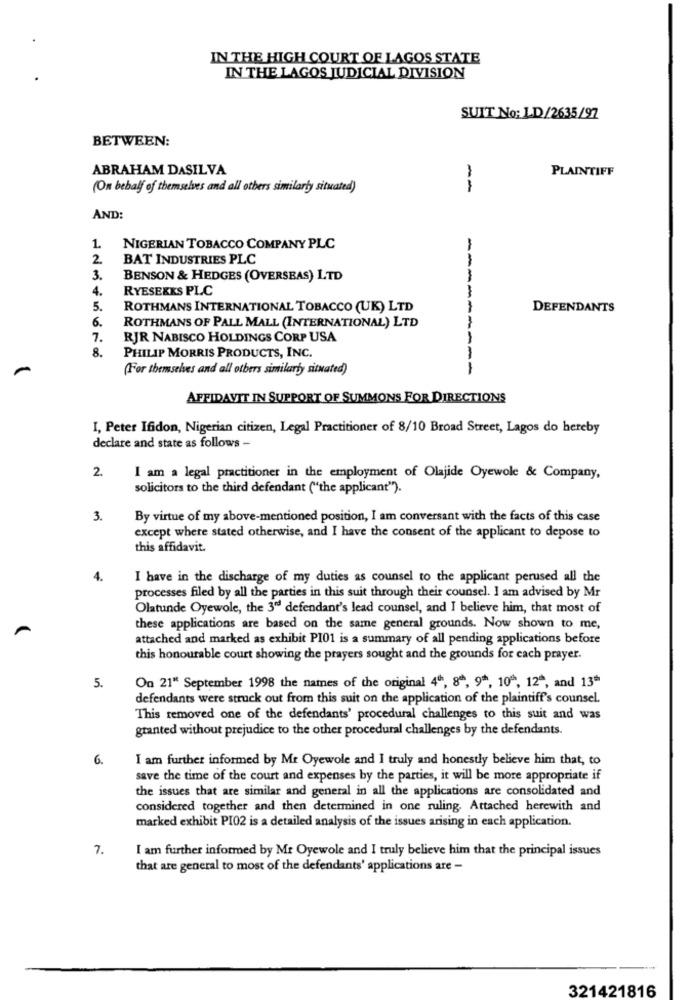
IN THE HIGH COURT OF LAGOS STATE
IN THE LAGOS JUDICIAL DIVISION
SUIT No: LD/2635/97
BETWEEN:
ABRAHAM DASILVA
PLAINTIFF
(On behalf of themselves and all others similarty situated)
-
AND:
1.
NIGERIAN TOBACCO COMPANY PLC
2.
BAT INDUSTRIES PLC
3.
BENSON & HEDGES (OVERSEAS) LTD
4.
RYESEKKS PLC
5.
ROTHMANS INTERNATIONAL TOBACCO (UK) LTD
DEFENDANTS
6.
ROTHMANS OF PALL MALL (INTERNATIONAL) LTD
7.
RJR NABISCO HOLDINGS CORP USA
8.
PHILIP MORRIS PRODUCTS, INC.
(For themselves and all others similarty situated)
---------
AFFIDAVIT IN SUPPORT OF SUMMONS FOR DIRECTIONS
I, Peter Ifidon, Nigerian citizen, Legal Practitioner of 8/10 Broad Street, Lagos do hereby
declare and state as follows -
2.
I am a legal practitioner in the employment of Olajide Oyewole & Company,
solicitors to the third defendant ("the applicant").
3.
By virtue of my above-mentioned position, I am conversant with the facts of this case
except where stated otherwise, and I have the consent of the applicant to depose to
this affidavit.
4.
I have in the discharge of my duties as counsel to the applicant perused all the
processes filed by all the parties in this suit through their counsel. I am advised by Mr
Olatunde Oyewole, the 3ºd defendant's lead counsel, and I believe him, that most of
these applications are based on the same general grounds. Now shown to me,
attached and marked as exhibit PI01 is a summary of all pending applications before
this honourable court showing the prayers sought and the grounds for each prayer.
5.
On 21" September 1998 the names of the original 4", 8", 9 *, 10 , 12", and 13ª
defendants were struck out from this suit on the application of the plaintiff's counsel.
This removed one of the defendants' procedural challenges to this suit and was
granted without prejudice to the other procedural challenges by the defendants.
6.
I am further informed by Mr Oyewole and I truly and honestly believe him that, to
save the time of the court and expenses by the parties, it will be more appropriate if
the issues that are similar and general in all the applications are consolidated and
considered together and then determined in one ruling. Attached herewith and
marked exhibit PI02 is a detailed analysis of the issues arising in each application.
7.
I am further informed by Mr Oyewole and I truly believe him that the principal issues
that are general to most of the defendants' applications are -
321421816